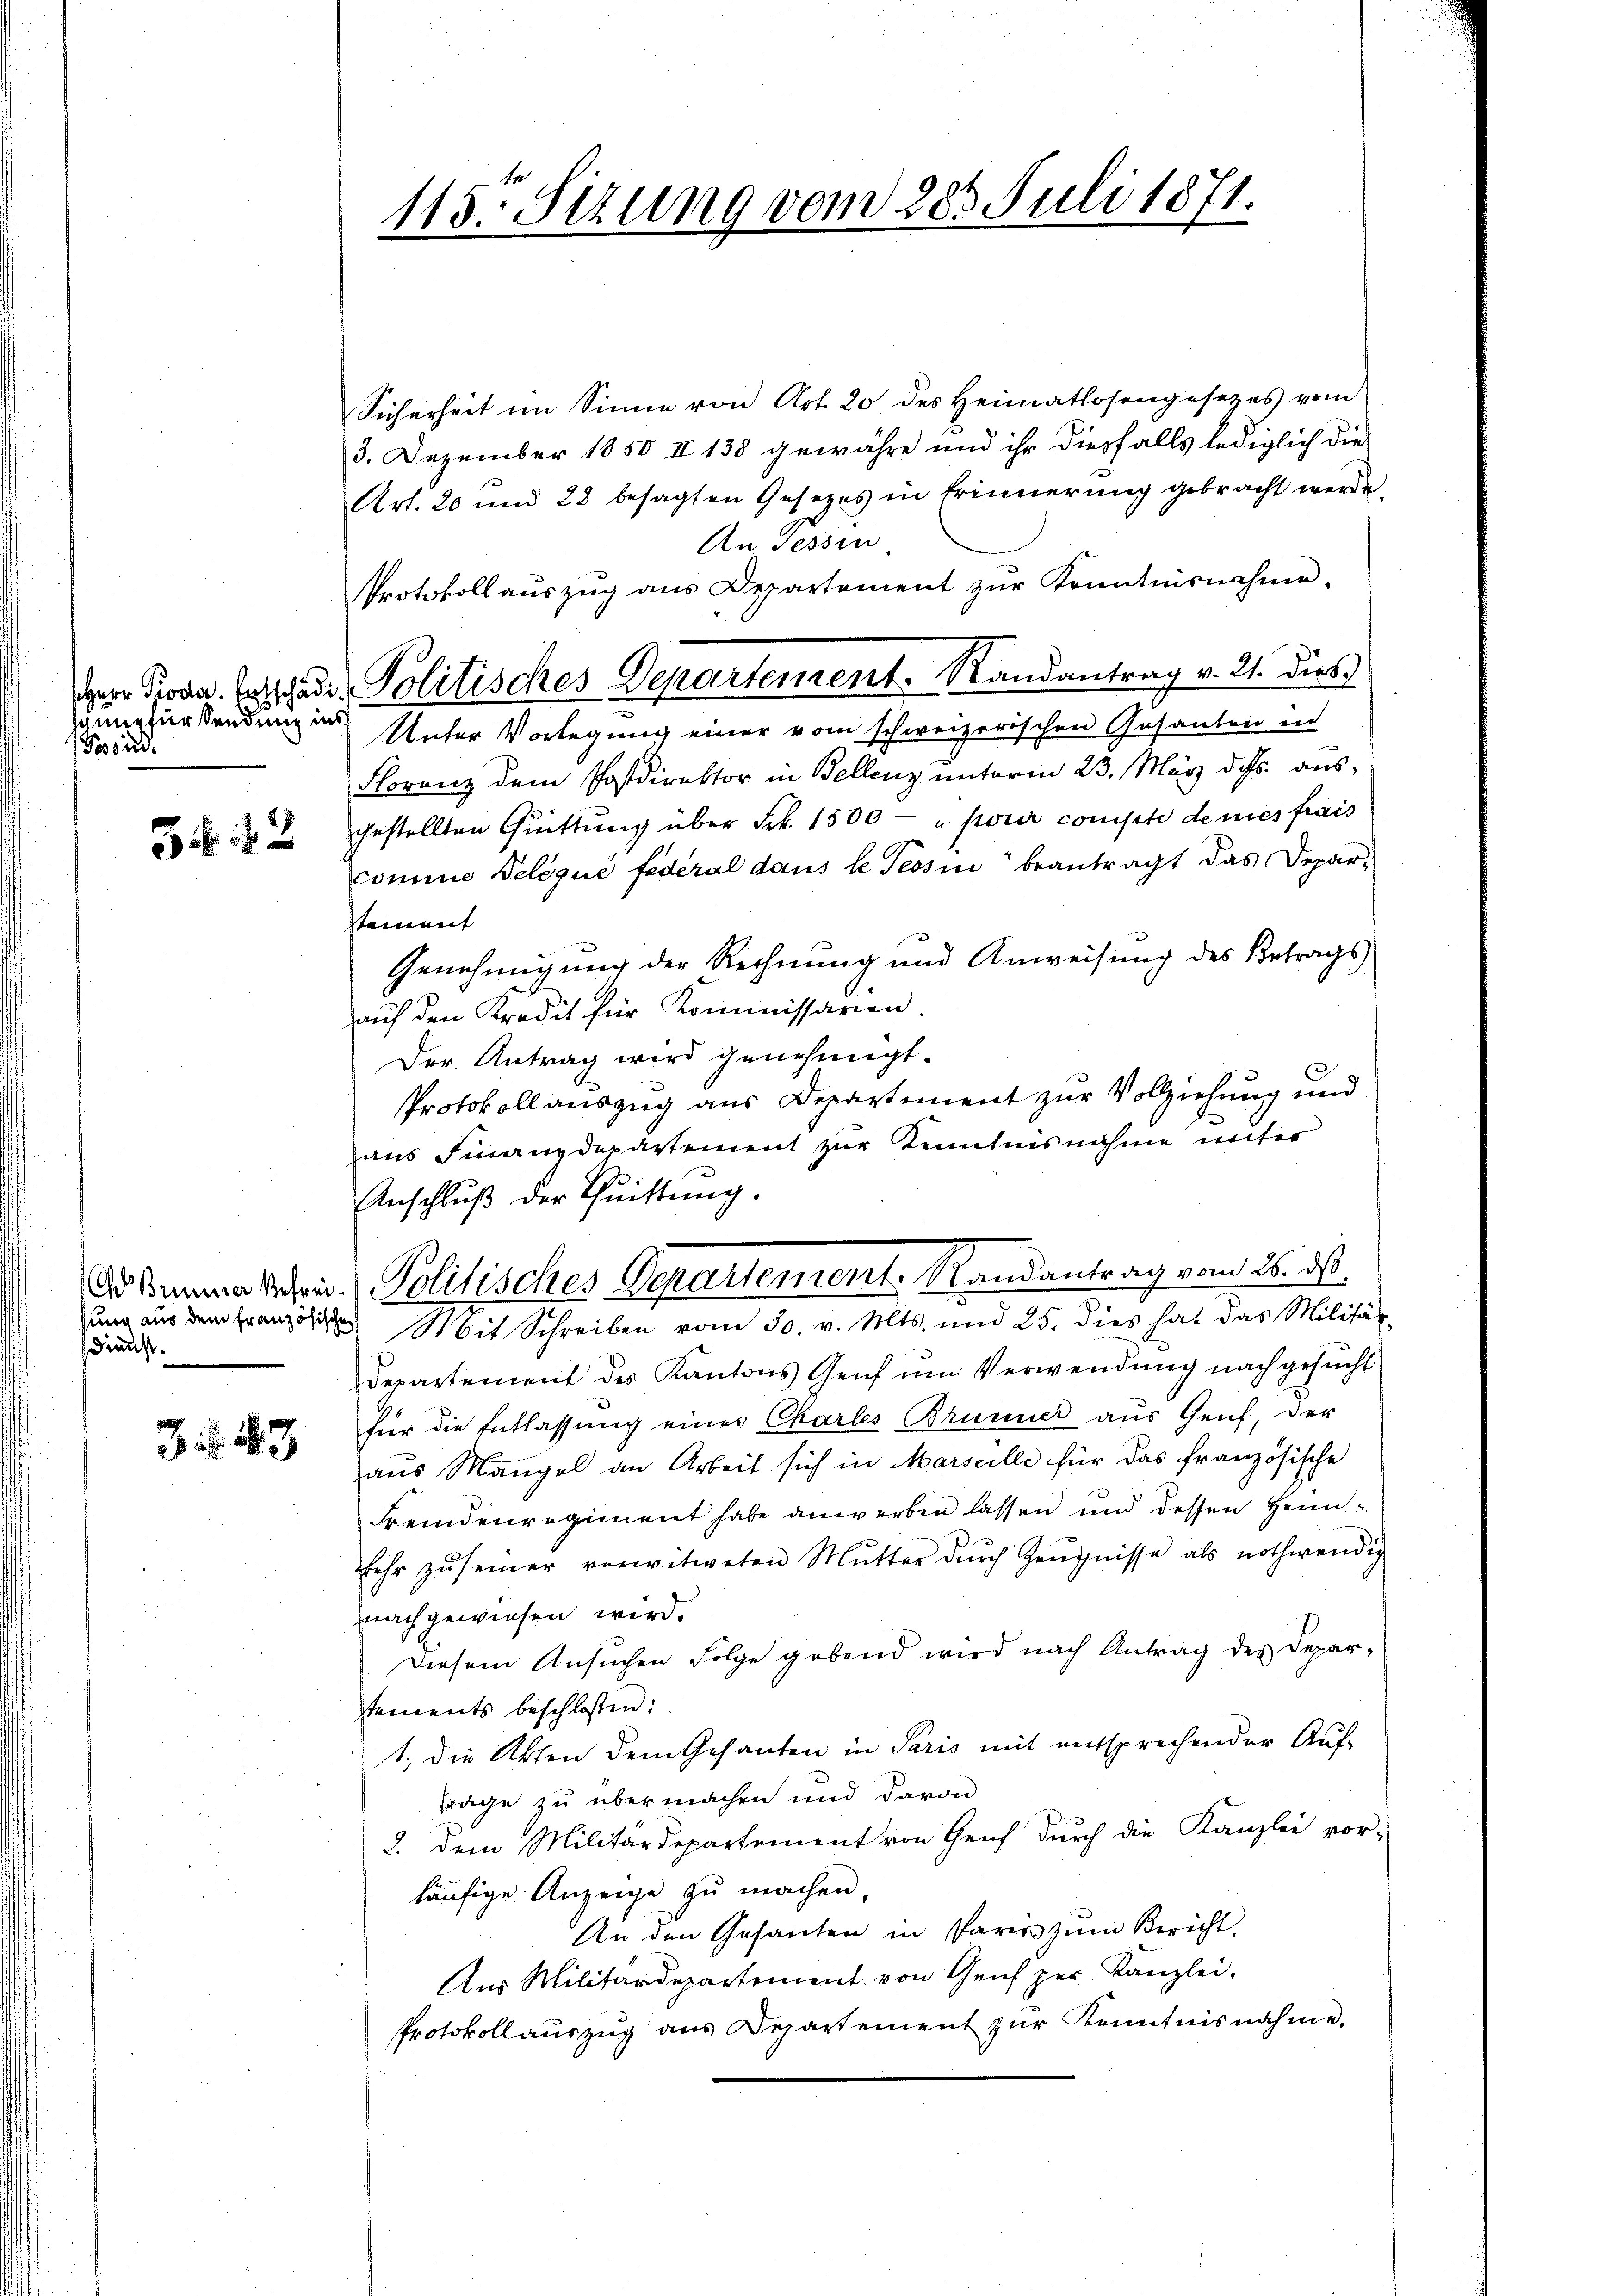
schung für Sendung ins
Pessind.

G. 42

sung aus dem französischen
sdienst.

3. 283

115. Sitzung vom 283. Juli 1871.

Protokoll aŭszŭg aŭs Departement zŭr Kenntnisnahme.
Herr Prosa. Entschaden Politisches Departement-Randantrag v. 21. dies

Sicherheit im Sinne von Art. 20 des Heimatlosengesetzes vom
3. Dezember 1850 II 138 gewähre und ihr diesfalls lediglich die
Art. 20 und 22 besagten Gesetzes in Erinnerung gebracht werde
An Tessin
Unter Vorlegung einer vom schweizerischen Gesanten in
Florenz dem Postdirektor in Bellenz unterm 23. März d. Js. ausgestellten Quittung über Frk. 1500 - " pour compte denes frais
comine Delégué fédéral dans le Tessin beantragt das Depar-
tament
Genehmigung der Rechnung und Anweisung des Betrags
auf den Kredit für Kommissarien.
Der. Antrag wird genehmigt.
Protokoll auszug aus Departement zur Vollziehung und
aus Finanzdepartement zur Kenntnisnahme unter
Anschluß der Quittung.
Adsima verei Politisches Departement. Randantrag vom 26. ds.
Mit Schreiben vom 30. v. Mts. und 25. dies hat das Militä
Departement des Kantons Genf um Verwendung nachgesucht
für die Entlassung eines Charles Brunner aus Genf, der
aus Mangel an Arbeit sich in Marseille für das französische
Fremdenregiment habe anwerben lassen und dessen Heimehr zŭ seiner verwitweten Mutter dŭrch Zeŭgnisse als nothwendig
nachgewiesen wird.
Diesem Ansuchen Folge gebend wird nach Antrag des Depar-
stements beschlossen:
1.) Die Akten dem Gesanten in Paris mit entsprechender Auf-
Frage zu übermachen und davon
d. Dem Militärdepartement von Genf durch die Kanzlei vor-
läufige Anzeige zu machen,
An den Gesanten in Paris zum Bericht,
Aus Militärdepartement von Genf zur Kanzlei-
Protokollauszug aus Departement zŭr Kenntnisnahme.